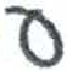
אות: ע